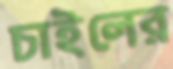
চাইলের